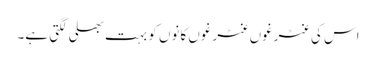
اس کی غٹرغوں غٹرغوں کانوں کو بہت بھلی لگتی ہے۔